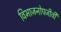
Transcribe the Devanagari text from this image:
विभाजनोपजीवी